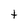
Character: t